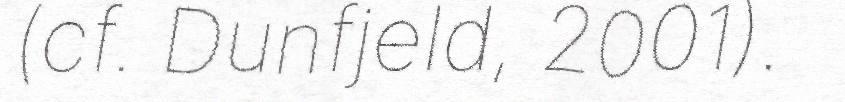
(cf. Dunfjeld, 2001).